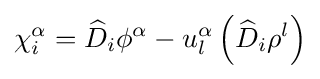
\chi _{i}^{\alpha }={\widehat {D}}_{i}\phi ^{\alpha }-u_{l}^{\alpha }\left({\widehat {D}}_{i}\rho ^{l}\right)